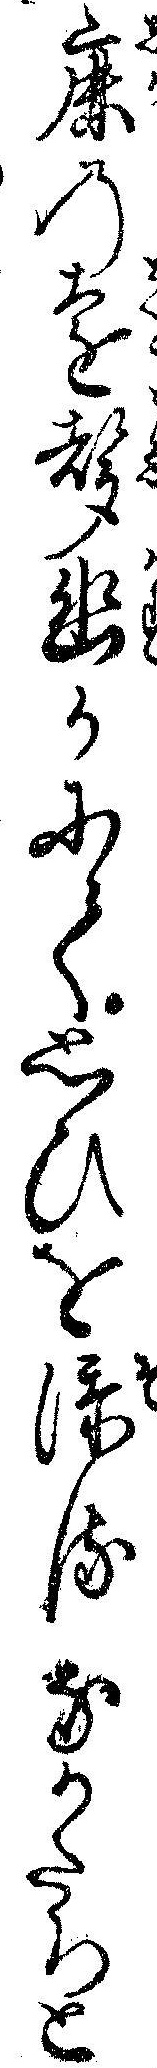
鹿の遠声幽かにて思ひを添るなかたちと